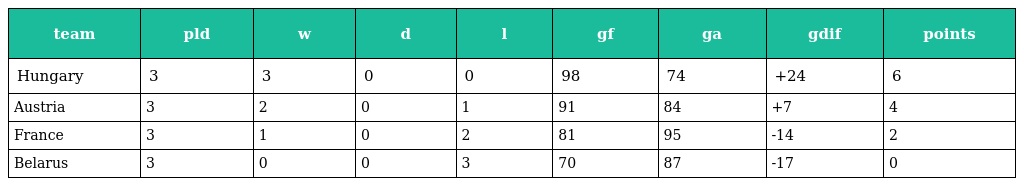
| team | pld | w | d | l | gf | ga | gdif | points |
 | --- | --- | --- | --- | --- | --- | --- | --- | --- |
 | Hungary | 3 | 3 | 0 | 0 | 98 | 74 | +24 | 6 |
 | Austria | 3 | 2 | 0 | 1 | 91 | 84 | +7 | 4 |
 | France | 3 | 1 | 0 | 2 | 81 | 95 | -14 | 2 |
 | Belarus | 3 | 0 | 0 | 3 | 70 | 87 | -17 | 0 |